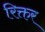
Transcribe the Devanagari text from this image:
रिक्तर